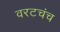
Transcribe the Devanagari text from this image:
वरटचंच